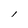
Character: l